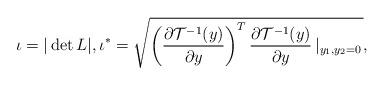
LaTeX: \begin{align*} \iota= | \det L |, \iota^*= \sqrt{ \left ( \frac{\partial {{\cal{T}}^{-1}(y)} }{ \partial y } \right )^T \frac{\partial {{\cal{T}}^{-1}(y)} }{ \partial y } \left |_{y_1,y_2=0} \right. } ,\end{align*}